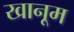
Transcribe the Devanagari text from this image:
खानूम